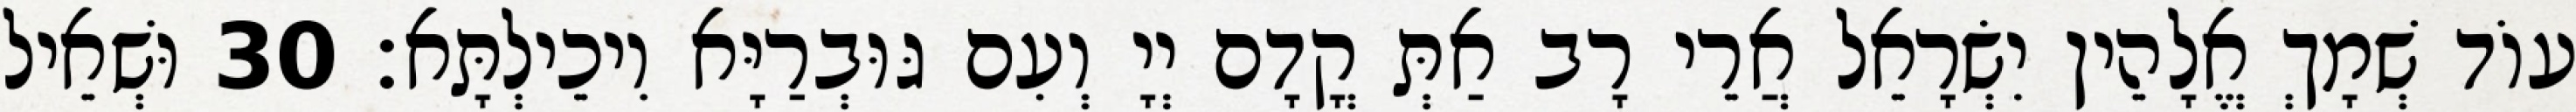
עוֹד שְׁמָךְ אֱלָהֵין יִשְׂרָאֵל אֲרֵי רָב אַתְּ קֳדָם יְיָ וְעִם גּוּבְרַיָּא וִיכֵילְתָּא׃ 30 וּשְׁאֵיל